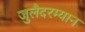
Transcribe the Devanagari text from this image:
जुलैदरम्यान